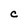
Character: C